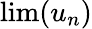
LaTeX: \lim(u_{n})